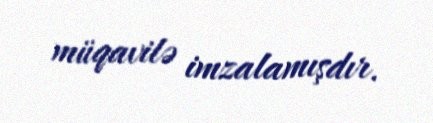
müqavilə imzalamışdır.